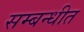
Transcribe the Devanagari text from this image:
सम्बन्धीत